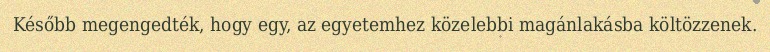
Később megengedték, hogy egy, az egyetemhez közelebbi magánlakásba költözzenek.